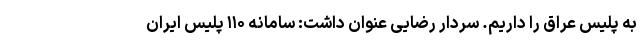
به پلیس عراق را داریم. سردار رضایی عنوان داشت: سامانه ۱۱۰ پلیس ایران